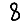
Digit: 8